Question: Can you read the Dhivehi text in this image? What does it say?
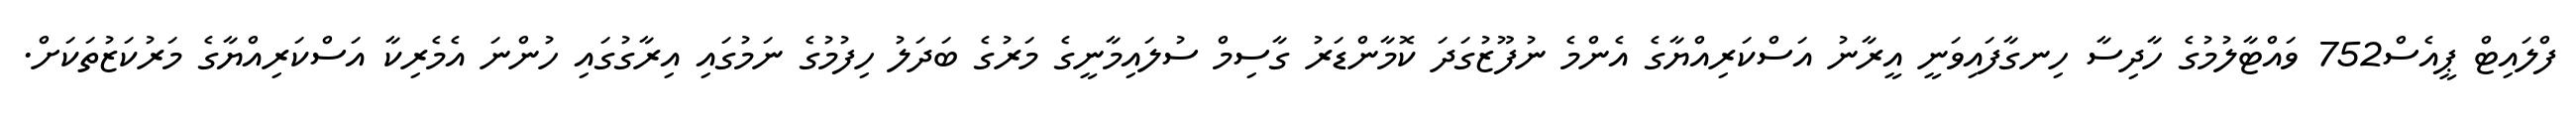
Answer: ފްލައިޓް ޕީއެސް752 ވައްޓާލުމުގެ ހާދިސާ ހިނގާފައިވަނީ އީރާނު އަސްކަރިއްޔާގެ އެންމެ ނުފޫޒުގަދަ ކޮމާންޑަރު ގާސިމް ސުލައިމާނީގެ މަރުގެ ބަދަލު ހިފުމުގެ ނަމުގައި އިރާގުގައި ހުންނަ އެމެރިކާ އަސްކަރިއްޔާގެ މަރުކަޒުތަކަށް.